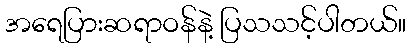
အရေပြားဆရာဝန်နဲ့ ပြသသင့်ပါတယ်။